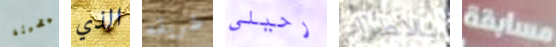
المضيئة الذي طريقه رحيلي بالاطراء مسابقة